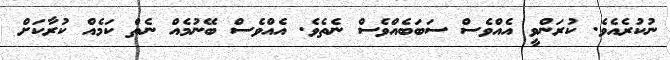
ނުކުރެއެވެ. ކުރަންވީ އެއްވެސް ސަބަބެއްވެސް ނެތެވެ. އެއްވެސް ބޭނުމެއް ނެތް ކަމެއް ކުރާކަށް